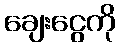
ချေးငွေကို